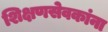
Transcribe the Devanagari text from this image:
शिक्षणसेवकांना